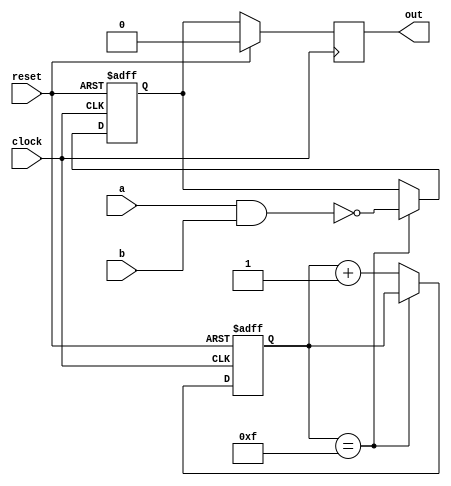
module nand_gate_delay (
    input a,
    input b,
    input wire clock,
    input wire reset,
    output reg out
);

reg nand_out;
reg [3:0] delay_counter;

always @ (posedge clock or posedge reset) begin
    if(reset) begin
        delay_counter <= 4'b0000;
        nand_out <= 1'b0;
    end else begin
        if(delay_counter == 4'b1111) begin
            nand_out <= ~(a & b);
        end else begin
            delay_counter <= delay_counter + 1;
        end
    end
end

always @ (posedge clock) begin
    if(reset) begin
        out <= 1'b0;
    end else begin
        out <= nand_out;
    end
end

endmodule